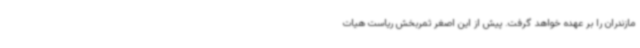
مازندران را بر عهده خواهد گرفت. پیش از این اصغر ثمربخش ریاست هیات